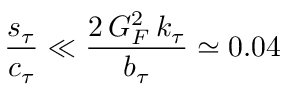
{ \frac { s _ { \tau } } { c _ { \tau } } } \ll { \frac { 2 \, G _ { F } ^ { 2 } \, k _ { \tau } } { b _ { \tau } } } \simeq 0 . 0 4